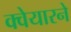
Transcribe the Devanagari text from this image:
क्वेयारने